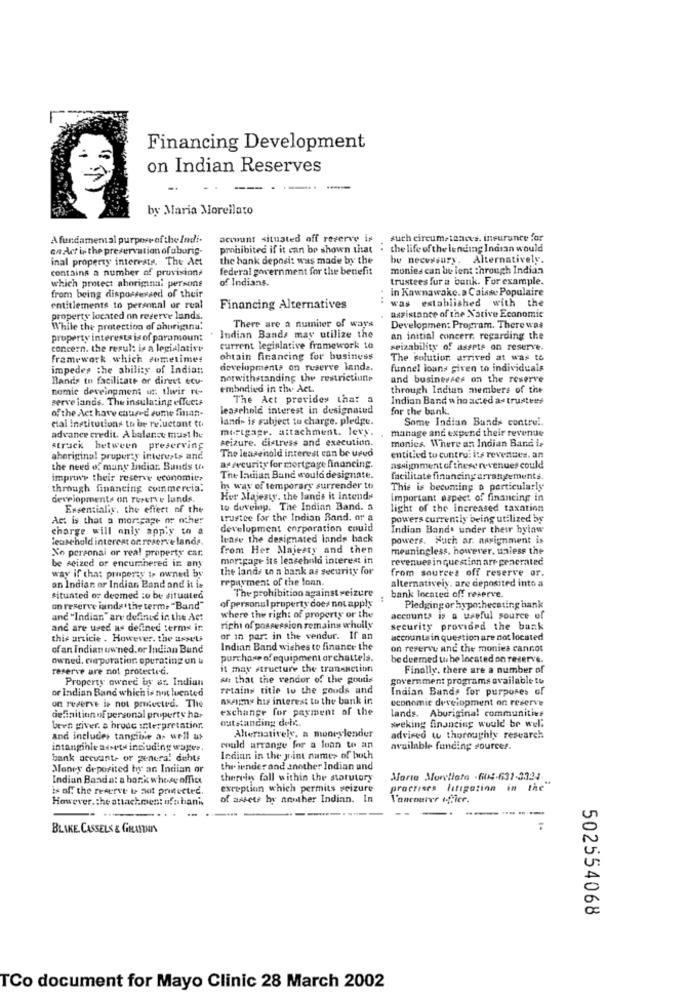
Financing Development
on Indian Reserves
-
by Maria Morellato
A fundamental purpose of the Indi-
account situated off reserve is
such circumstances. insurance for
en.Act is the preservation ofaborig-
prohibited if it can be shown that . the lifeof the lending Indian would
inal property interests. The Act
the bank deposit was made by the
be necessary. Alternatively.
contains a number of provisions
federal government for the benefit
monies can be lent :hrough Indian
of Indians.
trustees fur a bunk. For example.
which protect aborignal persons
In Kawnawake. a Caisse Populaire
from being dispossessed of their
. ..
entitlements to personal or real
Financing Alternatives
was established with the
property located on reserve lands.
assistance of the Native Economic
While the protection of ahorigana:
There are a number of ways
Developmen: Program. There was
property interests is of paramoun:
. Indian Bands may utilize the
an initial concerr, regarding the
concern. the result is a legislative
current legislative framework to
seizability of assets on reserve.
Framework which sometimes
obtain financing for business
The solution arrived at was to
impedes the ability of Indian
developmenta on reserve lande.
funnel loans given to individuals
Bands to facilitate or dirvet ecu-
notwithstanding the restrictions
and businesses on the reserve
nomie development us: tlwir no-
embodied in the Act.
through Indian members of the
serve lands. The insulating effects
The Act provides that a
Indian Band a ho acted as trustees
of the Act have caused some finan-
leasehold interest in designatud
for the bank.
elal Institutions th be reluctant to
land- is subject to charge. pledge.
Some Indian Bunds contre !.
mortgage. attachment. levy.
manage and expenc their revenue
advance credit. A balance must be
seizure. distress and execution.
monies. Where an Indian Band ie
struck between preserving
aboriginal prupurey interests and
The leasehold interest can be used
entitled to cuntru: its revenues. an
the need of muny Indiar. Bunds to.
ar security for mortgage financing.
assimment of these revenues could
improve their reserve economics
The Indian Band would designate.
facilitate financing arrangements.
through financing commercia;
m way of temporary surrender to
This is becoming a particularly
developments on Turerv'e lunds.
Her Majesty, the lands it intends
important aspect of financing in
Essentially. the effect of the
to develop. The Indian Band. a
light of the increased taxation
Act is that a mortgage or other
trustee for the Indian Band. or a
powers currently being utilized by
charge will only apply to a
development ensporation could
Indian Bande under their bylaw
leute hold interest or. reserve lande.
lease the designated lands back
powers. Such ar. assignment is
No personal or real property car.
from Her Majesty and then
meaningless. however, unless the
be seized or encumahered in any
mortgage its leasehold interest in
revenues in question arr gencrated
the lands un a bank as security for
from sources off reserve or.
way if that property is owned by
repayment of the loan.
alternatively. are deposited into a
an Indian or Indian Band and it is
situated or deemed :o be situated
The prohibition against seizure
bank located off reserve.
on reserve ianda the term. "Band"
of personal property does not apply
Pledging or hypotheceting bank
anc "Indian" are defined in the Act
where the right of property or the
accounts is a useful source of
and are used as defined terms in
right of possession remains wholly
security provided the bank
this article . However, the assets
or in par: in the vendor. If an
iaccounts in question are not located
of an Indian uwned. or Indian Bund
Indian Band wishes to finance the
on reserve and the monies cannot
owned, corporation. operating on u
purchase of equipment orchattels.
be deemed w he located on reserve.
reserve are not protected.
it may structure the transaction
Finally, there are a number of
Property owned by ar. Indian
A that the vendor of the goutis
government programs available to
or Indian Band which is not luented
retains title to the goods and
Indian Bands for purposes of
on reserve is not protected. The
aximy his interest to the bank in
economic development on reserve
exchange for payment of the
lands. Aboriginal communities
definition of personal property har
outstanding delv.
been giver. s hrode interpretation.
Alternatively. a moneylender
wweking financing would be well
and includes tangibie as well as
advired w thoroughly research
intangible assets including wager.
would arrange for a loan to an
available funding sources.
bank account. or general dehte
Indian in the joint name> of both
Money deposited hy an Indian or
thr iender and another Indian und
Indian Banda: a bork whose office
therein fall within the statutory
Morta Morellato -604-631-3334-
is off the reserve te aat protected.
exception which permits seizure
procrises litigation in the"
However. the attachment ofabani
of assets by another Indian. In
Vancouver ifier.
BLAKE CASSELS & GRATTAN
502554068
TCo document for Mayo Clinic 28 March 2002